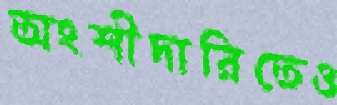
অংশীদারিতেও